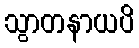
သွာတနာယပိ